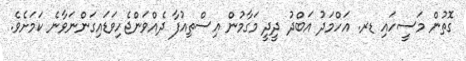
ގޮތުން މަސީހައި ޑރ. އަހްމަދު އަބްދު ދީދީ މަގާމުން އިސްތިއުފާ ދެއްވަންޖެހިވަޑައިގަންނަވާނެ ކަމަށެވެ.